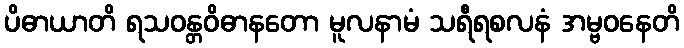
ပိဓာယာတိ ရသဝန္တဝိဓာနတော မူလနာမံ သရီရစလနံ အမ္ဗဝနေတိ